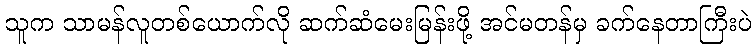
သူက သာမန်လူတစ်ယောက်လို ဆက်ဆံမေးမြန်းဖို့ အင်မတန်မှ ခက်နေတာကြီးပဲ